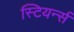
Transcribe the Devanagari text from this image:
स्टियर्न्स